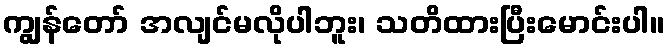
ကျွန်တော် အလျင်မလိုပါဘူး၊ သတိထားပြီးမောင်းပါ။